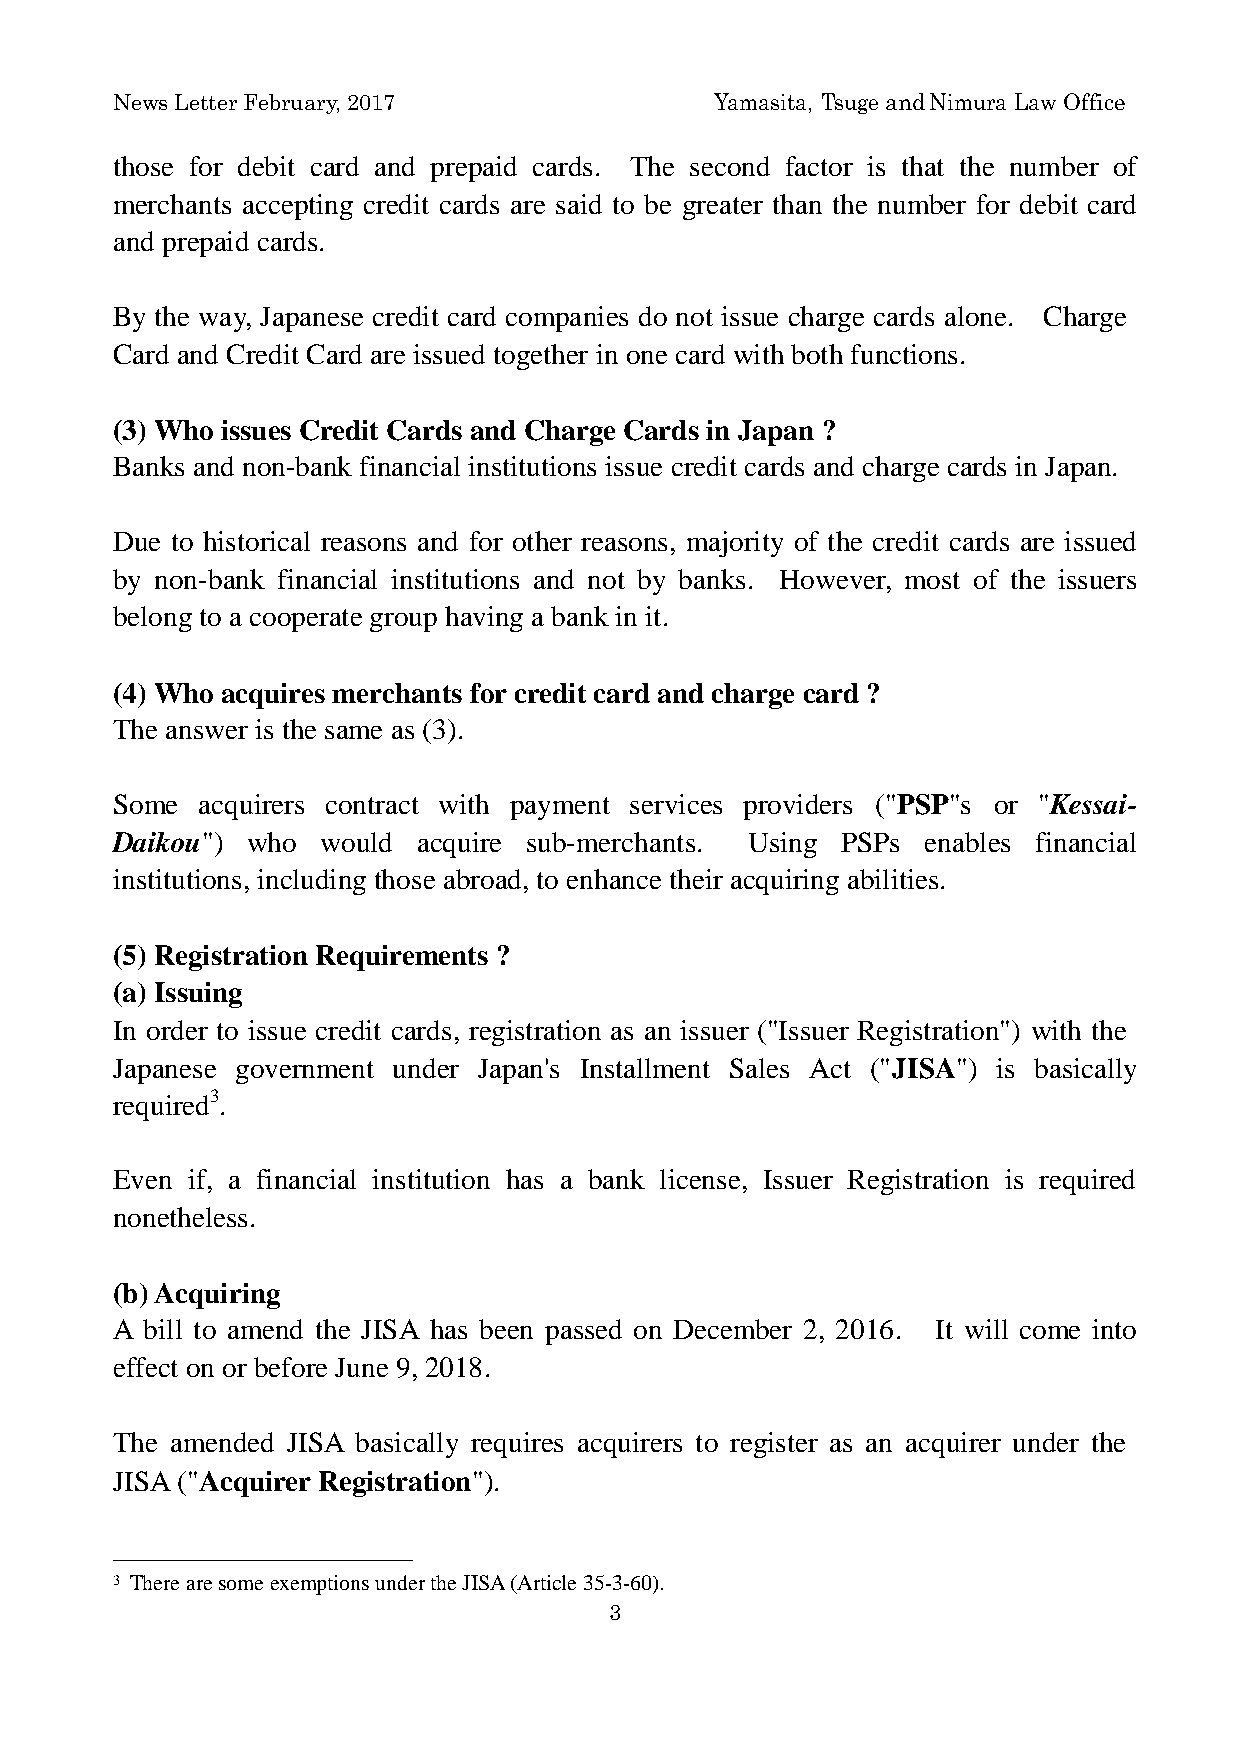
News Letter February, 2017              Yamasita, Tsuge and Nimura Law Office
 those for debit card and prepaid cards. The second factor is that the number of
 merchants accepting credit cards are said to be greater than the number for debit card
 and prepaid cards.
 By the way, Japanese credit card companies do not issue charge cards alone. Charge
 Card and Credit Card are issued together in one card with both functions.
 (3) Who issues Credit Cards and Charge Cards in Japan ?
 Banks and non-bank financial institutions issue credit cards and charge cards in Japan.
 Due to historical reasons and for other reasons, majority of the credit cards are issued
 by non-bank financial institutions and not by banks. However, most of the issuers
 belong to a cooperate group having a bank in it.
 (4) Who acquires merchants for credit card and charge card ?
 The answer is the same as (3).
 Some  acquirers contract with payment services providers ("PSP"s or "Kessai-
 Daikou") who  would  acquire sub-merchants. Using PSPs enables financial
 institutions, including those abroad, to enhance their acquiring abilities.
 (5) Registration Requirements ?
 (a) Issuing
 In order to issue credit cards, registration as an issuer ("Issuer Registration") with the
 Japanese government under Japan's Installment Sales Act ("JISA") is basically
 required3.
 Even if, a financial institution has a bank license, Issuer Registration is required
 nonetheless.
 (b) Acquiring
 A bill to amend the JISA has been passed on December 2, 2016. It will come into
 effect on or before June 9, 2018.
 The amended JISA basically requires acquirers to register as an acquirer under the
 JISA ("Acquirer Registration").
 3 There are some exemptions under the JISA (Article 35-3-60).
 3